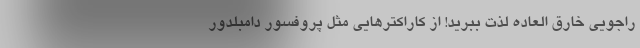
راجویی خارق العاده لذت ببرید! از کاراکترهایی مثل پروفسور دامبلدور